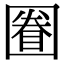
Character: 𡈕